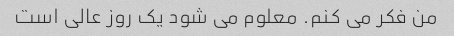
من فکر می کنم. معلوم می شود یک روز عالی است